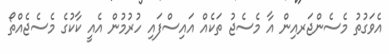
އެވަގުތު މެސެންޖަރއިން އާ މެސެޖު ތަކެއް އައިސްފައި ހުރުމުން އެއީ ކާކުގެ މެސެޖެއްތޯ